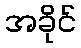
အခိုင်